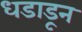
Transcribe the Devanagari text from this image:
धडाडून